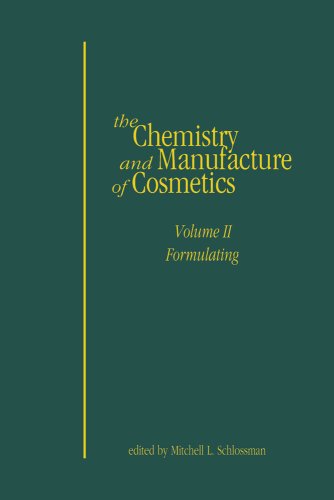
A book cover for Chemistry and Manufacture of Cosmetics Formulating, Volume II, 4th Edition; edited by Mitchell Schlossman; Science & Math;